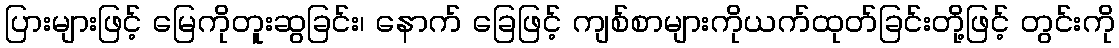
ပြားများဖြင့် မြေကိုတူးဆွခြင်း၊ နောက် ခြေဖြင့် ကျစ်စာများကိုယက်ထုတ်ခြင်းတို့ဖြင့် တွင်းကို